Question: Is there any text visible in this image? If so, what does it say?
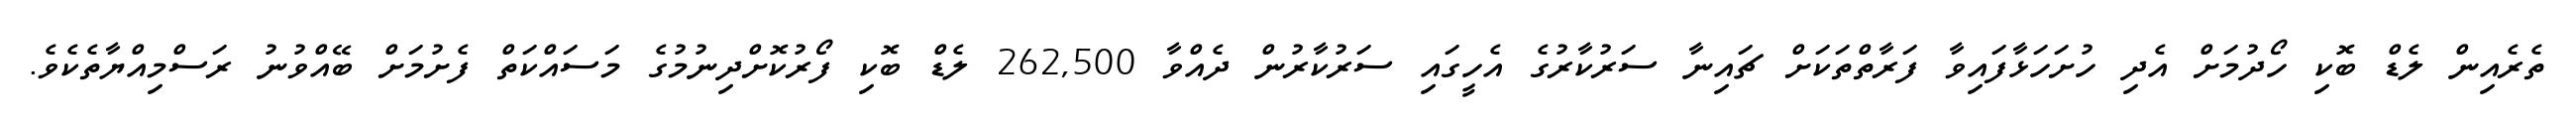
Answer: ތެރެއިން ލެޑް ބޮކި ހޯދުމަށް އެދި ހުށަހަޅާފައިވާ ފަރާތްތަކަށް ޗައިނާ ސަރުކާރުގެ އެހީގައި ސަރުކާރުން ދެއްވާ 262,500 ލެޑް ބޮކި ފޯރުކޮށްދިނުމުގެ މަސައްކަތް ފެށުމަށް ބޭއްވުނު ރަސްމިއްޔާތެކެވެ.